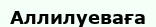
Аллилуеваға